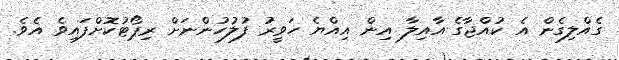
ގެއްލިގެން އެ ކުއްޖާގެ އާއިލާ އިން އިއްޔެ ހަވީރު ފުލުހުންނަށް ރިޕޯޓުކޮށްފައިވެ އެވެ.